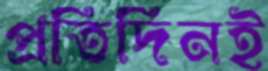
প্রতিদিনই